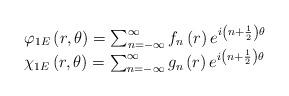
LaTeX: \begin{align*}\begin{array}{l} \varphi_{1E}\left(r,\theta\right) =\sum_{n=-\infty}^\infty f_n\left(r\right) e^{i \left(n+\frac{1}{2}\right)\theta} \\ \chi_{1E}\left(r,\theta\right) =\sum_{n=-\infty}^\infty g_n\left(r\right) e^{i\left(n+\frac{1}{2}\right)\theta}\end{array}\end{align*}